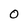
Character: O